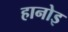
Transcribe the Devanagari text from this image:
हानोइ